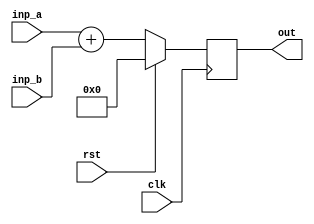
module attrib06_bar(clk, rst, inp_a, inp_b, out);
  input  wire clk;
  input  wire rst;
  input  wire [7:0] inp_a;
  input  wire [7:0] inp_b;
  output reg  [7:0] out;

  always @(posedge clk)
    if (rst) out <= 0;
    else     out <= inp_a + (* ripple_adder *) inp_b;

endmodule

module attrib06_foo(clk, rst, inp_a, inp_b, out);
  input  wire clk;
  input  wire rst;
  input  wire [7:0] inp_a;
  input  wire [7:0] inp_b;
  output wire [7:0] out;

  attrib06_bar bar_instance (clk, rst, inp_a, inp_b, out);
endmodule